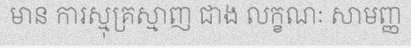
មាន ការស្មុគ្រស្មាញ ជាង លក្ខណៈ សាមញ្ញ